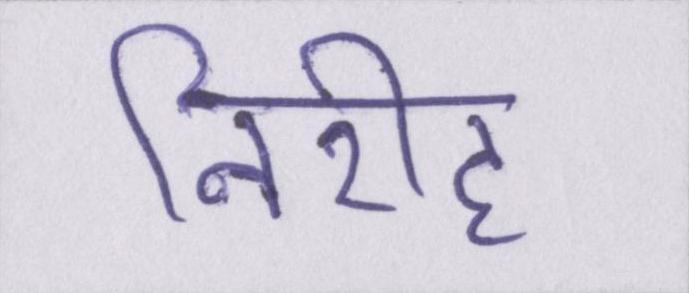
निरीह